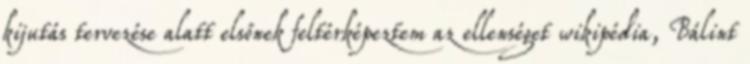
kijutás tervezése alatt elsőnek feltérképeztem az ellenséget wikipédia, Bálint